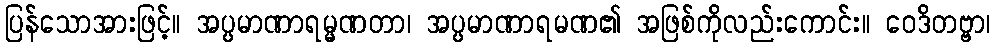
ပြန်သောအားဖြင့်။ အပ္ပမာဏာရမ္မဏတာ၊ အပ္ပမာဏာရမဏ၏ အဖြစ်ကိုလည်းကောင်း။ ဝေဒိတဗ္ဗာ၊